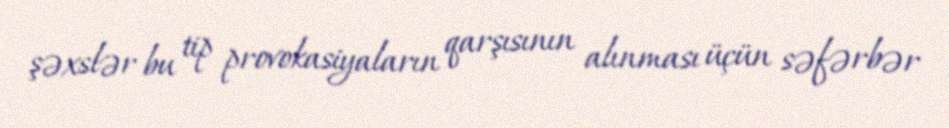
şəxslər bu tip provokasiyaların qarşısının alınması üçün səfərbər